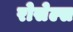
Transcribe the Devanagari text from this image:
रोसेल्स